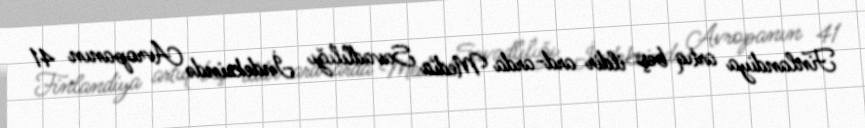
Finlandiya artıq beş ildir ard-arda Media Savadlılığı İndeksində Avropanın 41